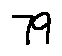
7 9